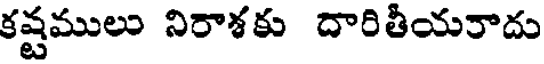
కష్టములు నిరాశకు దారితీయరాదు